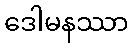
ဒေါမနဿာ